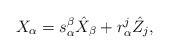
\begin{align*}X_\alpha = s_\alpha^\beta \hat{X}_\beta + r_\alpha^j \hat{Z}_j, \end{align*}